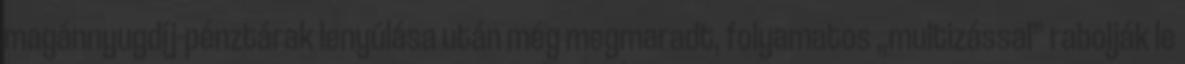
magánnyugdíj-pénztárak lenyúlása után még megmaradt, folyamatos „multizással” rabolják le